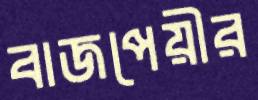
বাজপেয়ীর